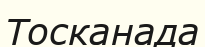
Тосканада